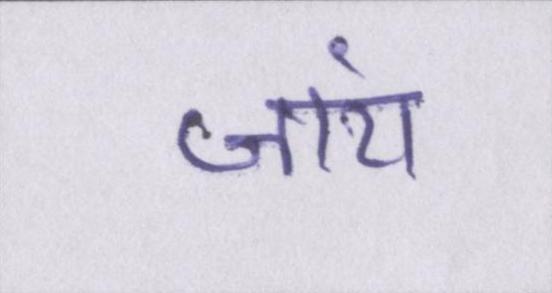
जांय